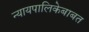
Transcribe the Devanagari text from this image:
न्यायपालिकेबाबत